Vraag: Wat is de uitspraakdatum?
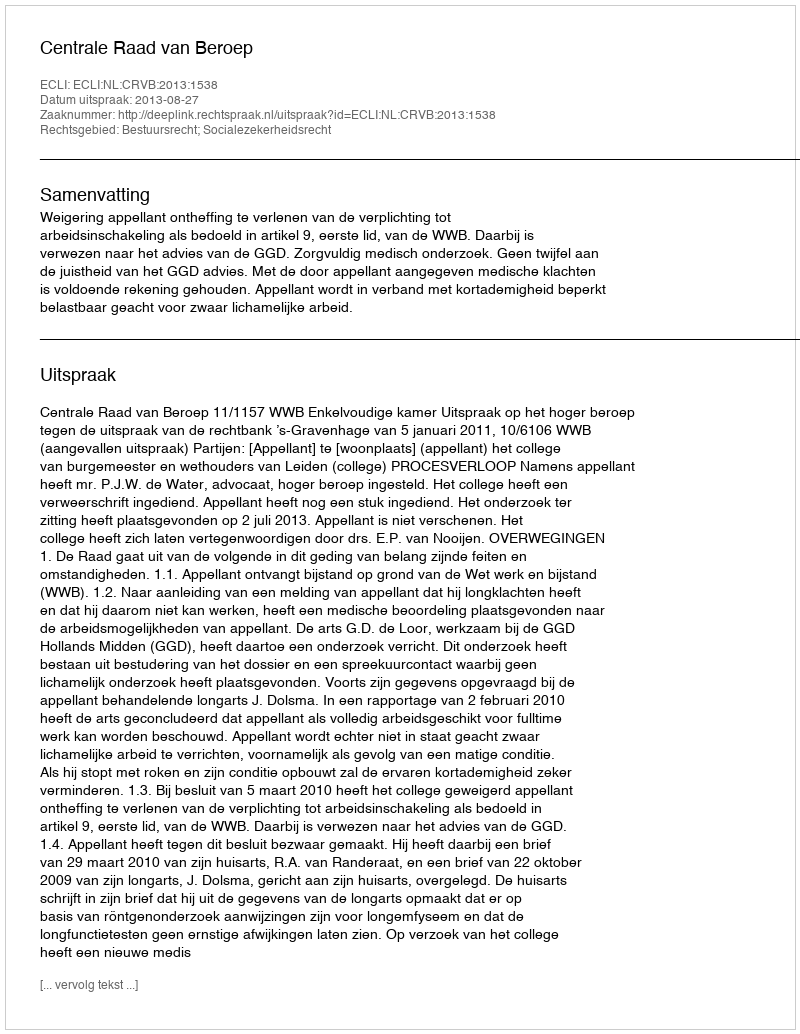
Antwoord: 2013-08-27